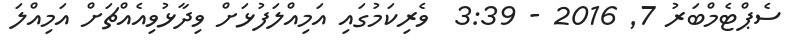
ސެޕްޓެމްބަރު 7